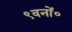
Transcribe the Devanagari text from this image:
९वनों०